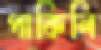
পাকিলি